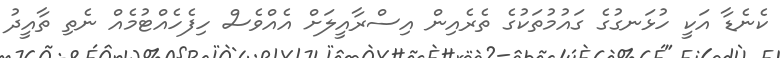
ކެނެޑާ އަކީ ހުޅަނގުގެ ގައުމުތަކުގެ ތެރެއިން އިސްރާއީލަށް އެއްވެސް ހިފެހެއްޓުމެއް ނެތި ތާއީދު